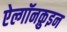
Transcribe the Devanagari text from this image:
ऐल्गॉनक़ुइन